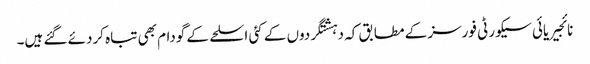
نائجیریائی سیکورٹی فورسز کے مطابق کہ دہشتگردوں کے کئی اسلحے کے گودام بھی تباہ کردئے گئے ہیں۔